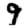
Digit: 9